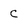
Character: C